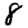
Digit: 8